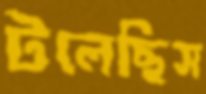
টলেছিস